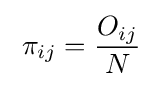
\;\pi _{ij}={\frac {O_{ij}}{N}}\;